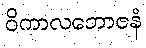
ဝိကာလဘောဇနံ